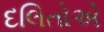
દલિતોએ